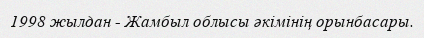
1998 жылдан - Жамбыл облысы әкімінің орынбасары.